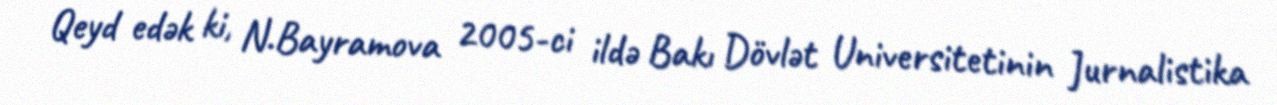
Qeyd edək ki, N.Bayramova 2005-ci ildə Bakı Dövlət Universitetinin Jurnalistika